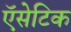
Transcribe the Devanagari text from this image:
ऍसेटिक